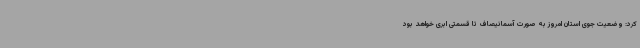
کرد: وضعیت جوی استان امروز به صورت آسمانیصاف تا قسمتی ابری خواهد بود